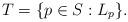
LaTeX: \begin{align*}T= \{p\in S: L_p \}.\end{align*}